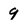
Character: 9